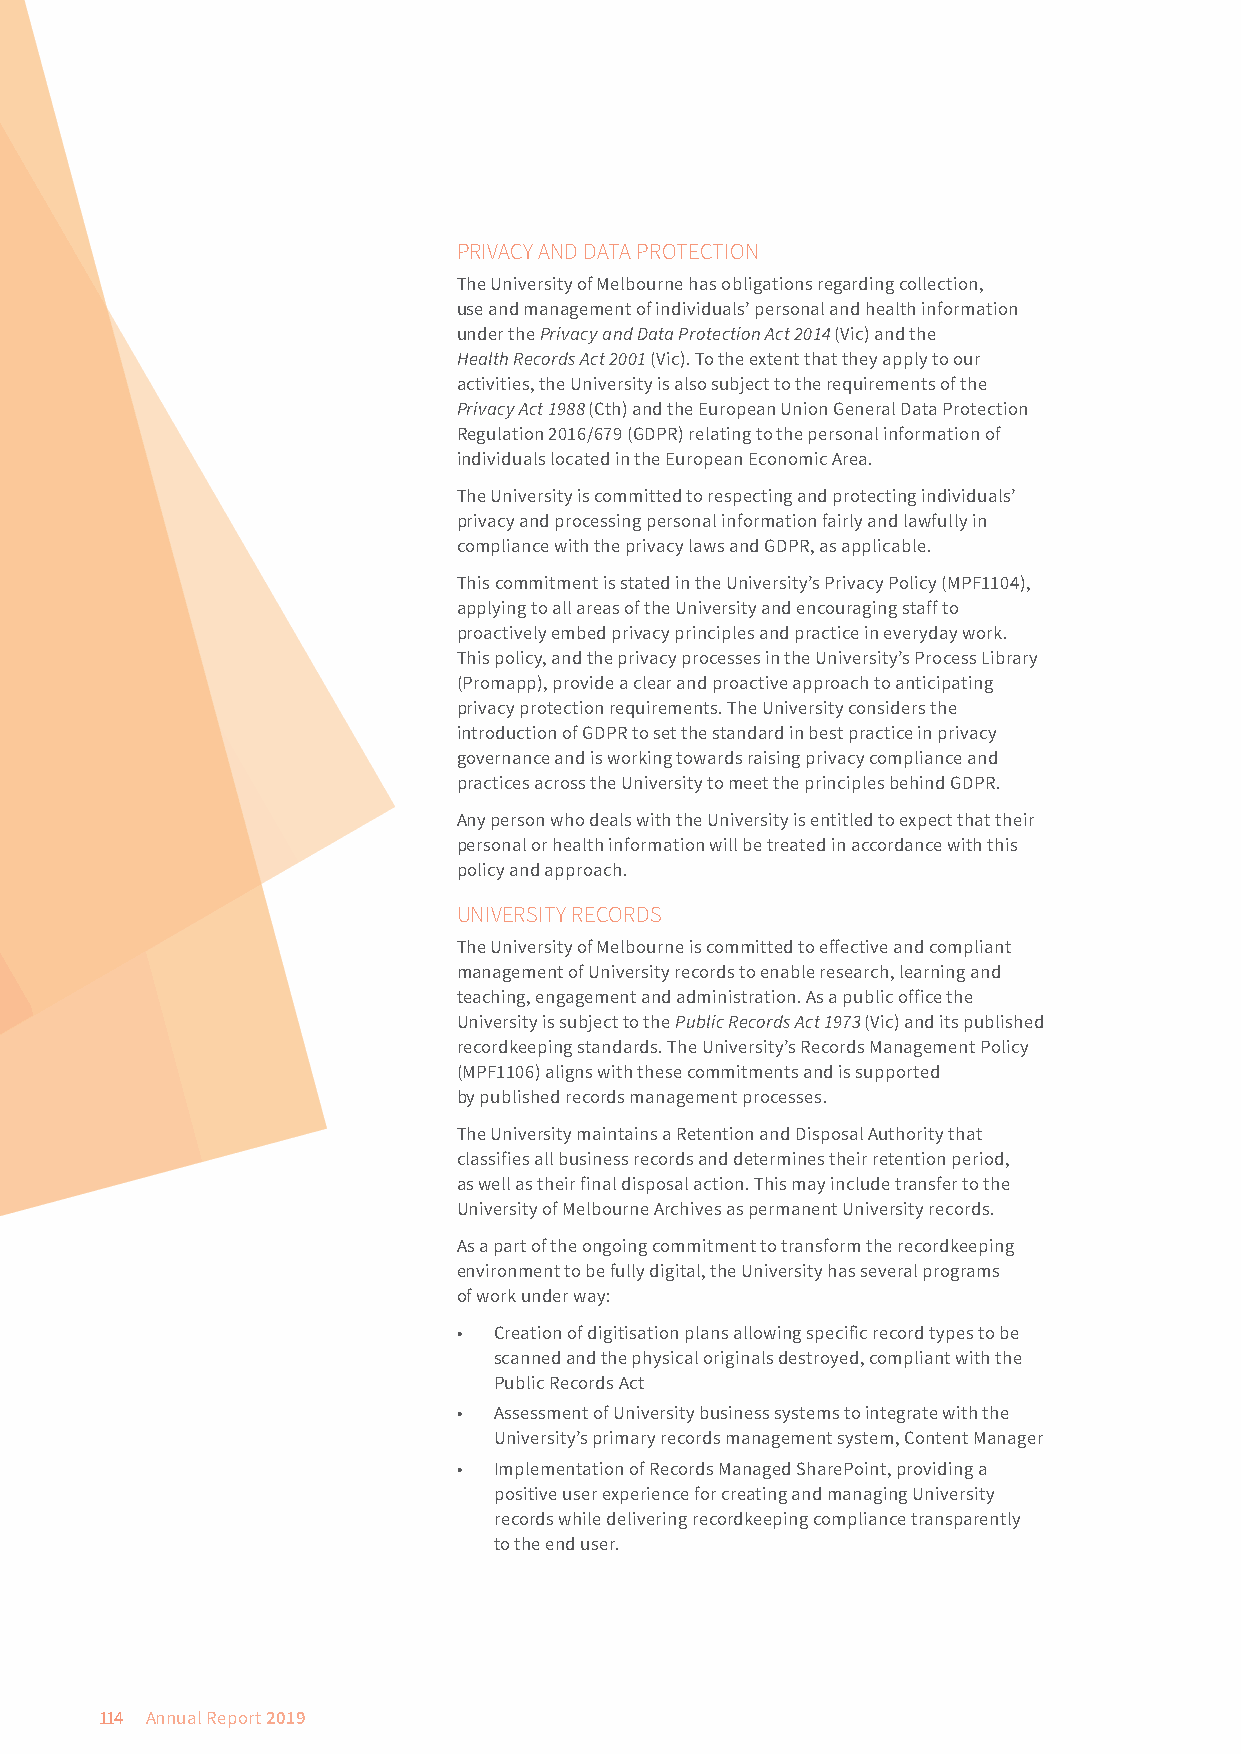
PRIVACY AND DATA PROTECTION
 The University of Melbourne has obligations regarding collection,
 use and management of individuals’ personal and health information
 under the Privacy and Data Protection Act 2014 (Vic) and the
 Health Records Act 2001 (Vic). To the extent that they apply to our
 activities, the University is also subject to the requirements of the
 Privacy Act 1988 (Cth) and the European Union General Data Protection
 Regulation 2016/679 (GDPR) relating to the personal information of
 individuals located in the European Economic Area.
 The University is committed to respecting and protecting individuals’
 privacy and processing personal information fairly and lawfully in
 compliance with the privacy laws and GDPR, as applicable.
 This commitment is stated in the University’s Privacy Policy (MPF1104),
 applying to all areas of the University and encouraging staff to
 proactively embed privacy principles and practice in everyday work.
 This policy, and the privacy processes in the University’s Process Library
 (Promapp), provide a clear and proactive approach to anticipating
 privacy protection requirements. The University considers the
 introduction of GDPR to set the standard in best practice in privacy
 governance and is working towards raising privacy compliance and
 practices across the University to meet the principles behind GDPR.
 Any person who deals with the University is entitled to expect that their
 personal or health information will be treated in accordance with this
 policy and approach.
 UNIVERSITY RECORDS
 The University of Melbourne is committed to effective and compliant
 management of University records to enable research, learning and
 teaching, engagement and administration. As a public office the
 University is subject to the Public Records Act 1973 (Vic) and its published
 recordkeeping standards. The University’s Records Management Policy
 (MPF1106) aligns with these commitments and is supported
 by published records management processes.
 The University maintains a Retention and Disposal Authority that
 classifies all business records and determines their retention period,
 as well as their final disposal action. This may include transfer to the
 University of Melbourne Archives as permanent University records.
 As a part of the ongoing commitment to transform the recordkeeping
 environment to be fully digital, the University has several programs
 of work under way:
 •  Creation of digitisation plans allowing specific record types to be
 scanned and the physical originals destroyed, compliant with the
 Public Records Act
 •  Assessment of University business systems to integrate with the
 University’s primary records management system, Content Manager
 •  Implementation of Records Managed SharePoint, providing a
 positive user experience for creating and managing University
 records while delivering recordkeeping compliance transparently
 to the end user.
 114 Annual Report 2019